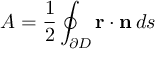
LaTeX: A = { \frac { 1 } { 2 } } \oint _ { \partial D } \mathbf { r } \cdot \mathbf { n } \, d s